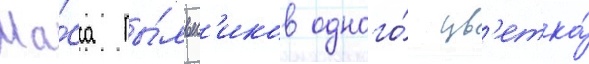
Ма́сса пы́льн'иков одного́ цв'етка́